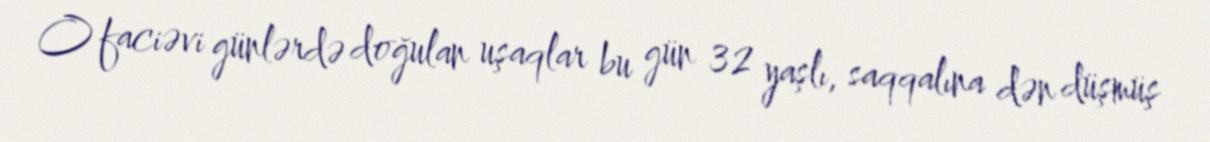
O faciəvi günlərdə doğulan uşaqlar bu gün 32 yaşlı, saqqalına dən düşmüş